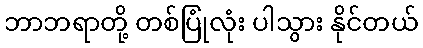
ဘာဘရာတို့ တစ်ပြုံလုံး ပါသွား နိုင်တယ်